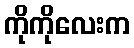
ကိုကိုလေးက